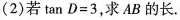
(2)若 $$\tan D =3$$，求AB的长。